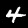
Label: 4